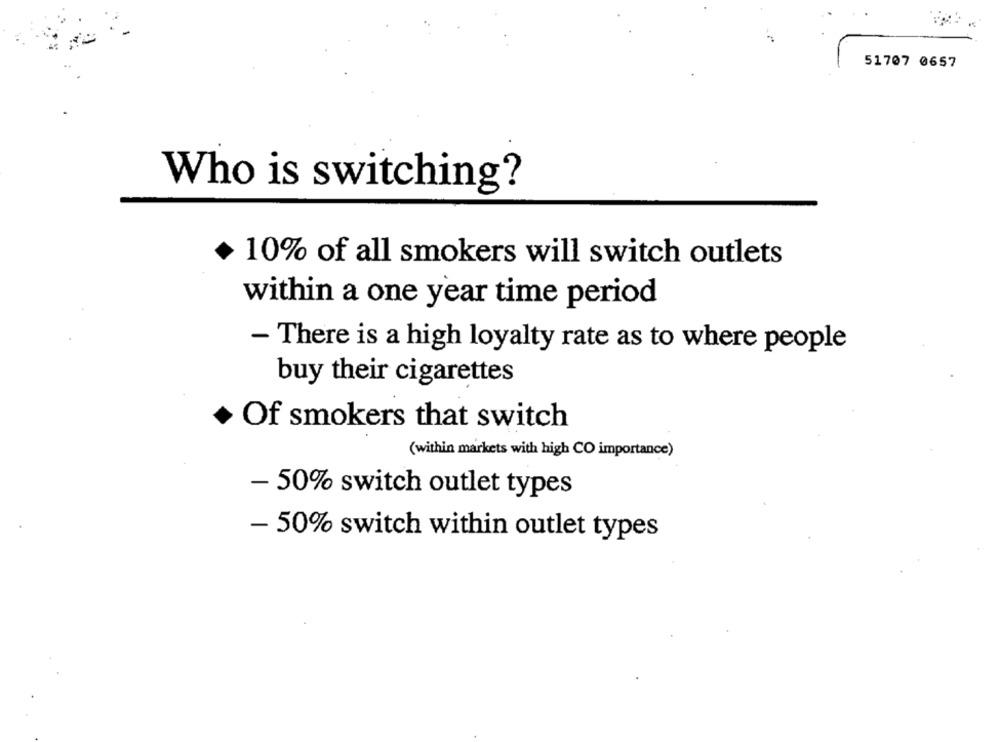
51707 0657
Who is switching?
10% of all smokers will switch outlets
within a one year time period
- There is a high loyalty rate as to where people
buy their cigarettes
Of smokers that switch
(within markets with high CO importance)
- 50% switch outlet types
- 50% switch within outlet types